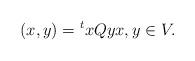
LaTeX: \begin{align*} (x,y) = {}^t x Q y x,y \in V.\end{align*}